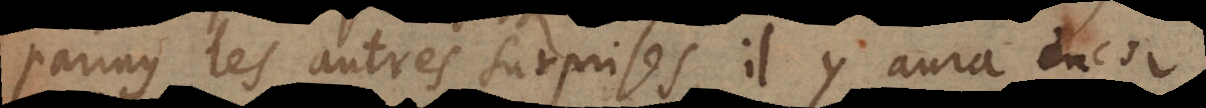
parmy les autres surprises, il y aura encor